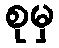
စုမှ